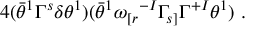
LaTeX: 4 ( \bar { \theta } ^ { 1 } \Gamma ^ { s } \delta \theta ^ { 1 } ) ( \bar { \theta } ^ { 1 } \omega _ { [ r } { } ^ { - I } \Gamma _ { s ] } \Gamma ^ { + I } \theta ^ { 1 } ) ~ .